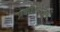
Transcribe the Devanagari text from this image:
प्रकाशरेखाएँ